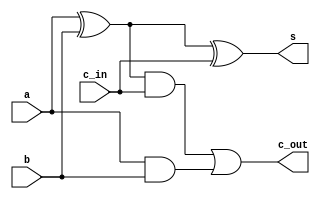
`timescale 1ns / 1ps

// GroupID-73(15116003_15116066) - Abhimanyu Bambhaniya & Utkarsh Gupta 
// fulladder_1_bit.v - 1 Bit Full Adder

module fulladder_1_bit(
	input a, b, c_in,
	output s, c_out
);	
	assign s = a ^ b ^ c_in;
	assign c_out = ((a ^ b) & c_in) | (a & b);
endmodule